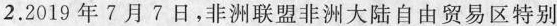
2.2019年7月7日，非洲联盟非洲大陆自由贸易区特别